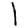
Digit: 1